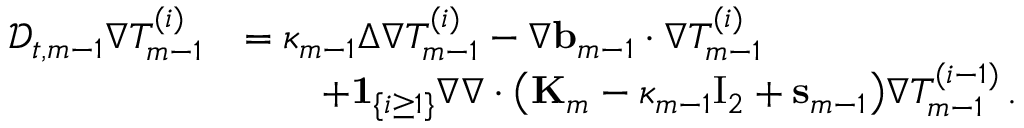
\begin{array} { r l } { \mathscr { D } _ { t , m - 1 } \nabla T _ { m - 1 } ^ { ( i ) } } & { = \kappa _ { m - 1 } \Delta \nabla T _ { m - 1 } ^ { ( i ) } - \nabla \ensuremath { \mathbf { b } } _ { m - 1 } \cdot \nabla T _ { m - 1 } ^ { ( i ) } } \\ & { \qquad + { \bf 1 } _ { \{ i \geq 1 \} } \nabla \nabla \cdot \bigl ( \mathbf { K } _ { m } - \kappa _ { m - 1 } \ensuremath { \mathrm { I } _ { 2 } } + \mathbf { s } _ { m - 1 } \bigr ) \nabla T _ { m - 1 } ^ { ( i - 1 ) } \, . } \end{array}